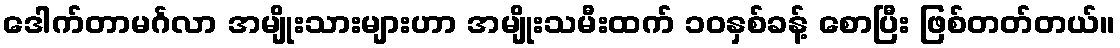
ဒေါက်တာမင်္ဂလာ အမျိုးသားများဟာ အမျိုးသမီးထက် ၁၀နှစ်ခန့် စောပြီး ဖြစ်တတ်တယ်။